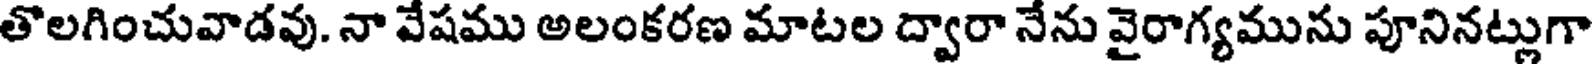
తొలగించువాడవు. నా వేషము అలంకరణ మాటల ద్వారా నేను వైరాగ్యమును పూనినట్లుగా